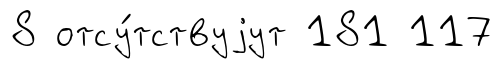
8 отсу́тствуjут 181 117